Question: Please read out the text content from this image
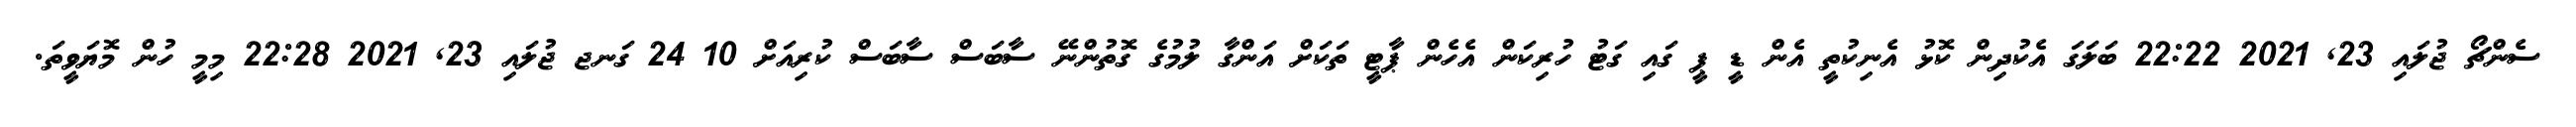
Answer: ސެންޗޯ ޖުލައި 23, 2021 22:22 ބަލަގަ އެކުދިން ކޮޅު އެނިކުތީ އެން ޑީ ޕީ ގައި ގަޓު ހުރިކަން އެހެން ޕާޓީ ތަކަށް އަންގާ ލުމުގެ ގޮތުންނޭ ސާބަސް ސާބަސް ކުރިއަށް 10 24 ގަނޖ ޖުލައި 23, 2021 22:28 މިމީ ހުން މޮޔަވީތަ.